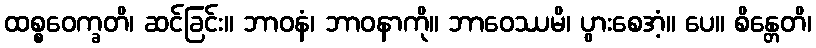
ထစ္စဝေက္ခတိ၊ ဆင်ခြင်း။ ဘာဝနံ၊ ဘာဝနာကို။ ဘာဝေဿမိ၊ ပွားစေအံ့။ ပေ။ စိန္တေတိ၊